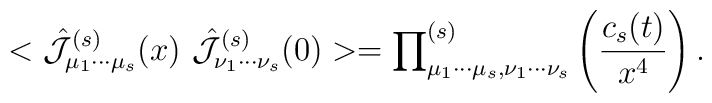
<\hat{{\cal {J}}}_{\mu _{1}\cdots \mu _{s}}^{(s)}(x)~\hat{{\cal {J}}}_{\nu_{1}\cdots \nu _{s}}^{(s)}(0)>={\prod }_{\mu _{1}\cdots \mu _{s},\nu_{1}\cdots \nu _{s}}^{(s)}\left( {\frac{c_{s}(t)}{x^{4}}}\right) .